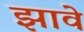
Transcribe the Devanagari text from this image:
झावे